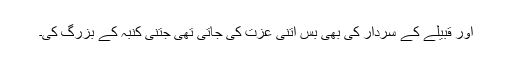
اور قبیلے کے سردار کی بھی بس اتنی عزت کی جاتی تھی جتنی کنبہ کے بزرگ کی۔